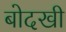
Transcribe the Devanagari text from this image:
बोदखी